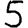
Digit: 5